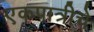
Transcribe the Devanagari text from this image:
एकपात्रीचे